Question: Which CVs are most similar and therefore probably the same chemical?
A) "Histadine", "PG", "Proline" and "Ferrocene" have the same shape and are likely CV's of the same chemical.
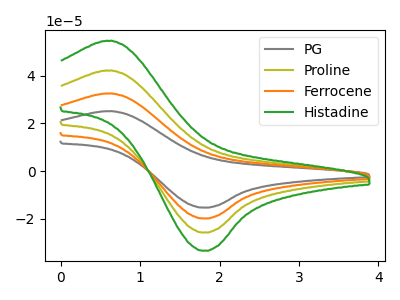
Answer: <think>The gray curve "PG" has an anodic peak at (0.60V, 126.40uA) and a cathodic peak at (1.80V, -77.40uA). The olive curve "Proline" has an anodic peak at (0.60V, 42.15uA) and a cathodic peak at (1.80V, -25.80uA). The orange curve "Ferrocene" has an anodic peak at (0.60V, 84.25uA) and a cathodic peak at (1.80V, -51.60uA). The green curve "Histadine" has an anodic peak at (0.60V, 54.60uA) and a cathodic peak at (1.80V, -33.45uA).
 All the peaks in "PG" have a peak in "Proline" at the same potential. Every peak in "PG" is higher than every peak in "Proline". All the peaks in "PG" have a peak in "Ferrocene" at the same potential. Every peak in "PG" is higher than every peak in "Ferrocene". All the peaks in "PG" have a peak in "Histadine" at the same potential. Every peak in "PG" is higher than every peak in "Histadine". All the peaks in "Proline" have a peak in "Ferrocene" at the same potential. Every peak in "Proline" is lower than every peak in "Ferrocene". All the peaks in "Proline" have a peak in "Histadine" at the same potential. Every peak in "Proline" is lower than every peak in "Histadine". All the peaks in "Ferrocene" have a peak in "Histadine" at the same potential. Every peak in "Ferrocene" is higher than every peak in "Histadine".</think>
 <answer>A) "Histadine", "PG", "Proline" and "Ferrocene" have the same shape and are likely CV's of the same chemical.</answer>
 <eval>A</eval>